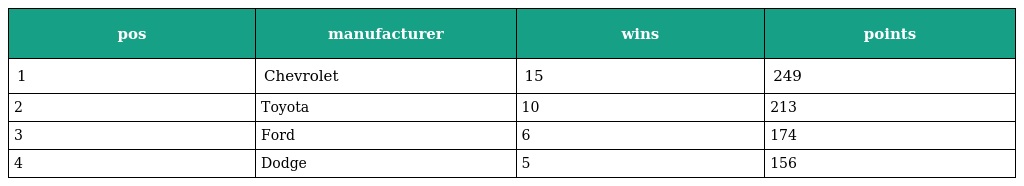
| pos | manufacturer | wins | points |
 | --- | --- | --- | --- |
 | 1 | Chevrolet | 15 | 249 |
 | 2 | Toyota | 10 | 213 |
 | 3 | Ford | 6 | 174 |
 | 4 | Dodge | 5 | 156 |